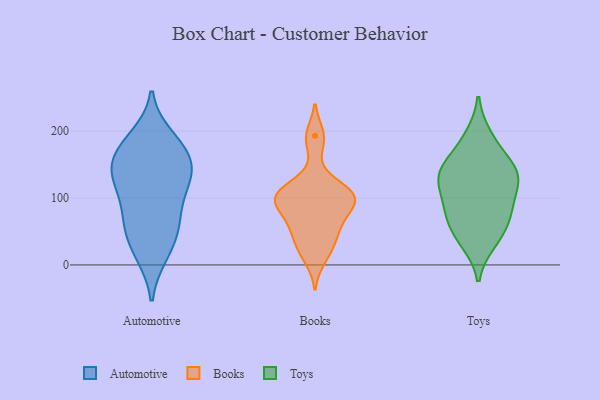
{"axis": {"x": "Page Views", "y": "Value"}, "legend": ["Automotive", "Books", "Toys"], "data": [{"x": "", "y": 111, "type": "Automotive"}, {"x": "", "y": 135, "type": "Automotive"}, {"x": "", "y": 14, "type": "Automotive"}, {"x": "", "y": 192, "type": "Automotive"}, {"x": "", "y": 152, "type": "Automotive"}, {"x": "", "y": 55, "type": "Automotive"}, {"x": "", "y": 190, "type": "Automotive"}, {"x": "", "y": 174, "type": "Automotive"}, {"x": "", "y": 139, "type": "Automotive"}, {"x": "", "y": 166, "type": "Automotive"}, {"x": "", "y": 14, "type": "Automotive"}, {"x": "", "y": 123, "type": "Automotive"}, {"x": "", "y": 79, "type": "Automotive"}, {"x": "", "y": 49, "type": "Automotive"}, {"x": "", "y": 161, "type": "Automotive"}, {"x": "", "y": 110, "type": "Automotive"}, {"x": "", "y": 49, "type": "Automotive"}, {"x": "", "y": 141, "type": "Automotive"}, {"x": "", "y": 74, "type": "Automotive"}, {"x": "", "y": 93, "type": "Books"}, {"x": "", "y": 10, "type": "Books"}, {"x": "", "y": 96, "type": "Books"}, {"x": "", "y": 110, "type": "Books"}, {"x": "", "y": 100, "type": "Books"}, {"x": "", "y": 83, "type": "Books"}, {"x": "", "y": 107, "type": "Books"}, {"x": "", "y": 105, "type": "Books"}, {"x": "", "y": 56, "type": "Books"}, {"x": "", "y": 27, "type": "Books"}, {"x": "", "y": 54, "type": "Books"}, {"x": "", "y": 31, "type": "Books"}, {"x": "", "y": 122, "type": "Books"}, {"x": "", "y": 98, "type": "Books"}, {"x": "", "y": 186, "type": "Books"}, {"x": "", "y": 64, "type": "Books"}, {"x": "", "y": 193, "type": "Books"}, {"x": "", "y": 130, "type": "Toys"}, {"x": "", "y": 87, "type": "Toys"}, {"x": "", "y": 88, "type": "Toys"}, {"x": "", "y": 71, "type": "Toys"}, {"x": "", "y": 35, "type": "Toys"}, {"x": "", "y": 48, "type": "Toys"}, {"x": "", "y": 134, "type": "Toys"}, {"x": "", "y": 129, "type": "Toys"}, {"x": "", "y": 163, "type": "Toys"}, {"x": "", "y": 136, "type": "Toys"}, {"x": "", "y": 192, "type": "Toys"}]}